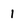
Character: 1